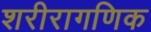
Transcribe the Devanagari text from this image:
शरीरागणिक